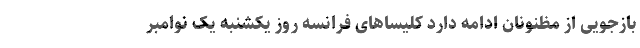
بازجویی از مظنونان ادامه دارد کلیساهای فرانسه روز یکشنبه یک نوامبر